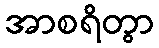
အာစရိတွာ